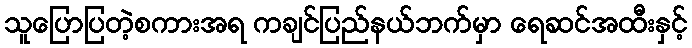
သူပြောပြတဲ့စကားအရ ကချင်ပြည်နယ်ဘက်မှာ ရေဆင်အထီးနှင့်